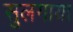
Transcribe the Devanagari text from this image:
सुलगाया